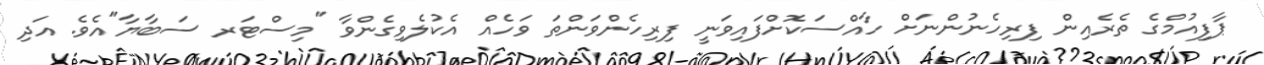
ޕާފިއުމްގެ ތެރެއިން ފިރިހެނުންނަށް ހާއްސަކޮށްފައިވަނީ ފިރިހެންވަންތަ ވަހެއް އެކުލެވިގެންވާ "މިސްޓަރ ސަބާޔާ"އެވެ. އަދި